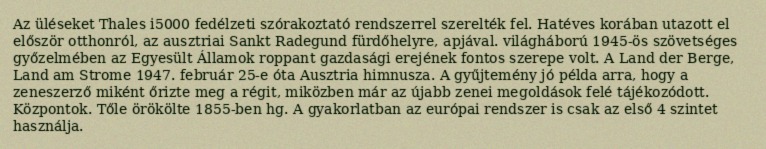
Az üléseket Thales i5000 fedélzeti szórakoztató rendszerrel szerelték fel. Hatéves korában utazott el először otthonról, az ausztriai Sankt Radegund fürdőhelyre, apjával. világháború 1945-ös szövetséges győzelmében az Egyesült Államok roppant gazdasági erejének fontos szerepe volt. A Land der Berge, Land am Strome 1947. február 25-e óta Ausztria himnusza. A gyűjtemény jó példa arra, hogy a zeneszerző miként őrizte meg a régit, miközben már az újabb zenei megoldások felé tájékozódott. Központok. Tőle örökölte 1855-ben hg. A gyakorlatban az európai rendszer is csak az első 4 szintet használja.